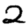
Digit: 2